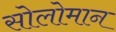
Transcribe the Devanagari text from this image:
सोलोमान